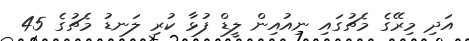
އަދި މިރޭގެ މެޗުގައި ނިއުއިން ލީޑް ފުޅާ ކުރި ލަނޑު މެޗުގެ 45